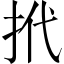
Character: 𢫙